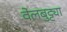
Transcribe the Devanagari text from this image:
वेलबुट्ट्या